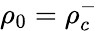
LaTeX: \rho_{0}=\rho_{c}^{-}